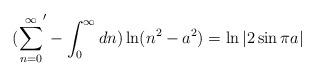
LaTeX: \begin{align*}({\sum_{n=0}^{\infty}}'-\int_{0}^{\infty}dn)\ln(n^2-a^2)=\ln|2\sin\pi a|\end{align*}